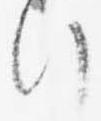
行